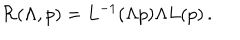
{ \cal R } ( \Lambda , p ) = L ^ { - 1 } ( \Lambda p ) \Lambda L ( p ) \, .